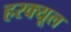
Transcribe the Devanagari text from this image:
हरक्यूल